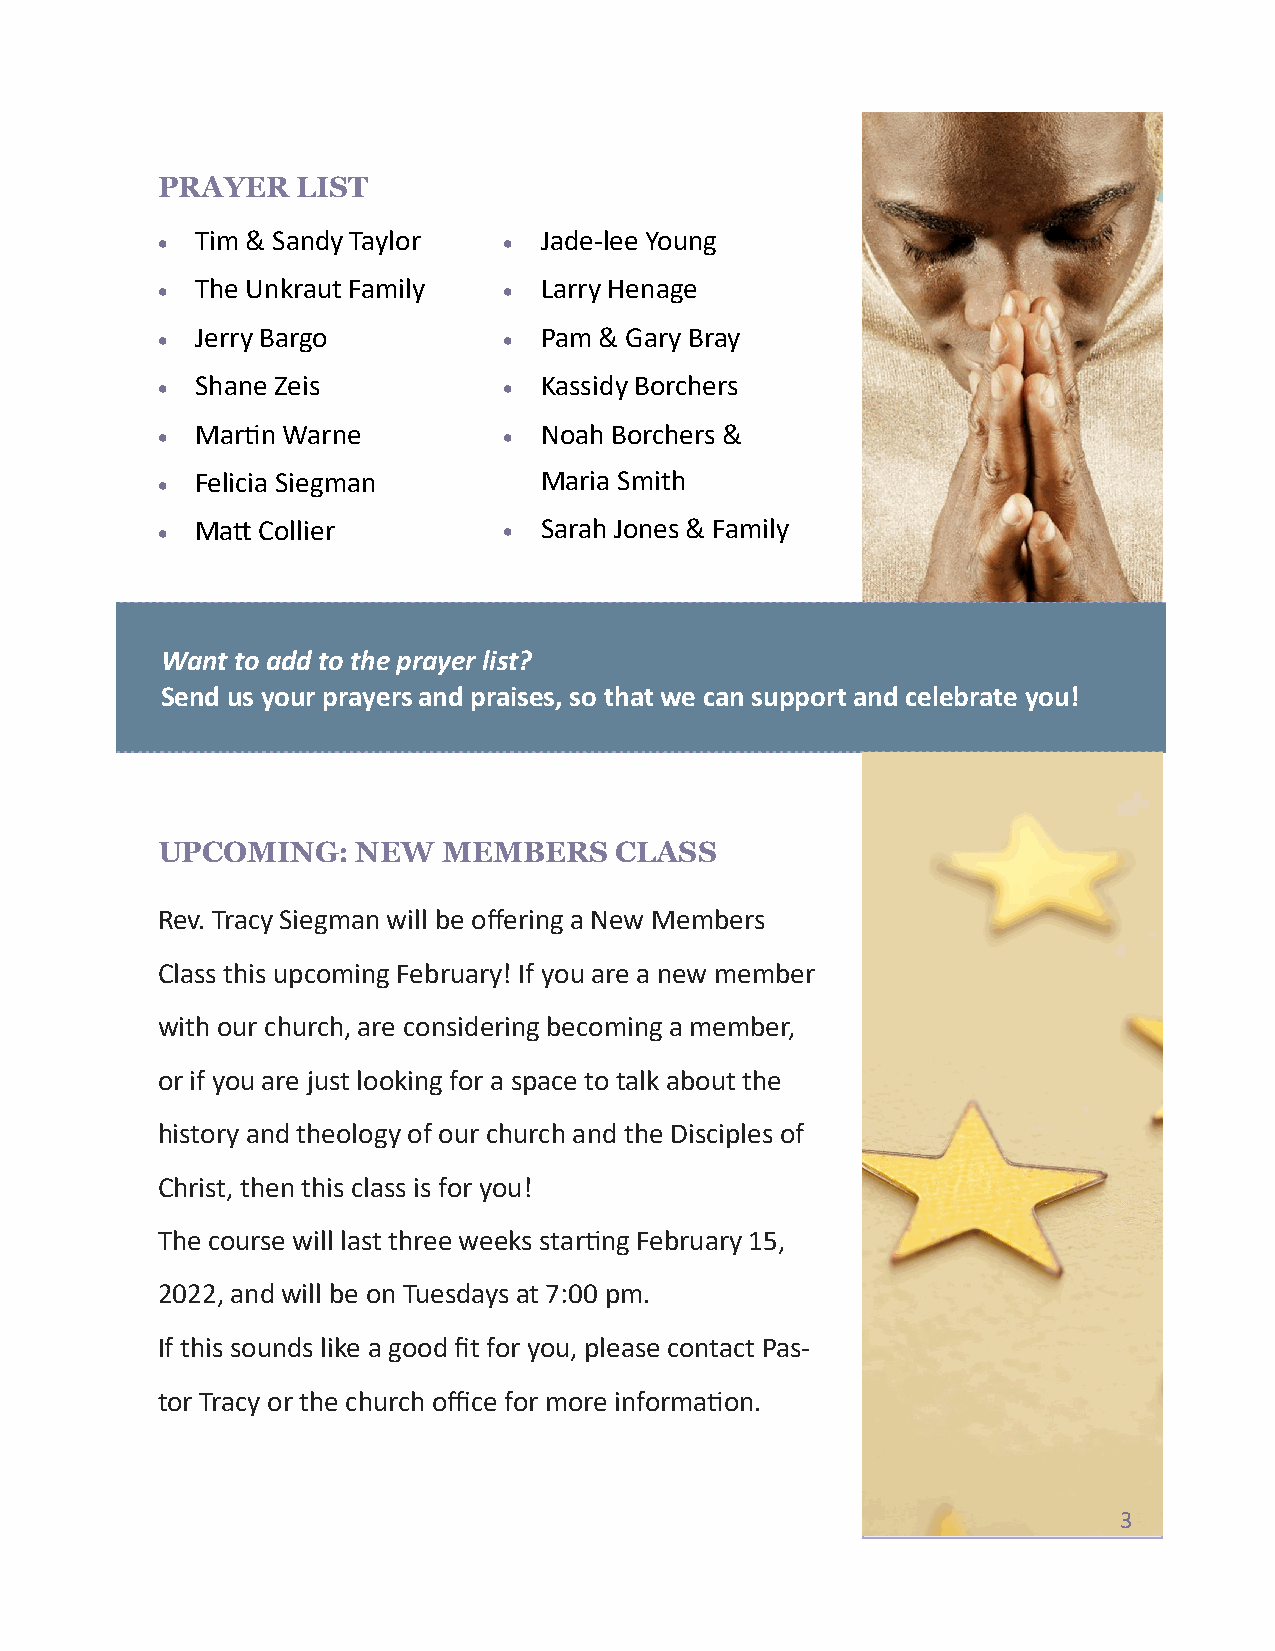
PRAYER    LIST
 •  Tim & Sandy Taylor  •  Jade-lee Young
 •  The Unkraut Family  •  Larry Henage
 •  Jerry Bargo         •  Pam & Gary Bray
 •  Shane Zeis          •  Kassidy Borchers
 •  Martin Warne        •  Noah Borchers &
 •  Felicia Siegman        Maria Smith
 •  Matt Collier        •  Sarah Jones & Family
 Want to add to the prayer list?
 Send us your prayers and praises, so that we can support and celebrate you!
 UPCOMING:     NEW  MEMBERS     CLASS
 Rev. Tracy Siegman will be offering a New Members
 Class this upcoming February! If you are a new member
 with our church, are considering becoming a member,
 or if you are just looking for a space to talk about the
 history and theology of our church and the Disciples of
 Christ, then this class is for you!
 The course will last three weeks starting February 15,
 2022, and will be on Tuesdays at 7:00 pm.
 If this sounds like a good fit for you, please contact Pas-
 tor Tracy or the church office for more information.
 3